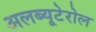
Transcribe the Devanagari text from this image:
अलब्यूटेरोल